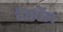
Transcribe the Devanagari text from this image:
बैकॉल